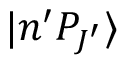
| n ^ { \prime } P _ { J ^ { \prime } } \rangle